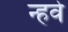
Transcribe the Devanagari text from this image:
न्हवे